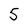
Character: 5